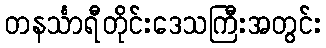
တနင်္သာရီတိုင်းဒေသကြီးအတွင်း